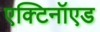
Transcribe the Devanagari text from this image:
एक्टिनॉएड